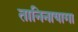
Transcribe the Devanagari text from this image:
तानिनायागा